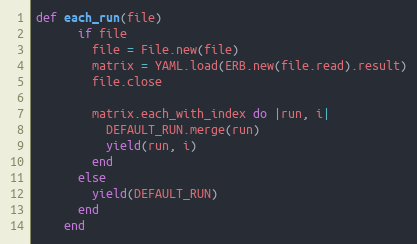
Language: Ruby
def each_run(file)
      if file
        file = File.new(file)
        matrix = YAML.load(ERB.new(file.read).result)
        file.close

        matrix.each_with_index do |run, i|
          DEFAULT_RUN.merge(run)
          yield(run, i)
        end
      else
        yield(DEFAULT_RUN)
      end
    end